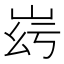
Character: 𡶹